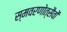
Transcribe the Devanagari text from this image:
स्मवरणोत्सैवों